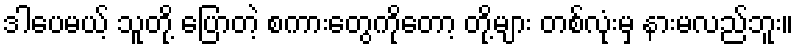
ဒါပေမယ့် သူတို့ ပြောတဲ့ စကားတွေကိုတော့ တို့များ တစ်လုံးမှ နားမလည်ဘူး။